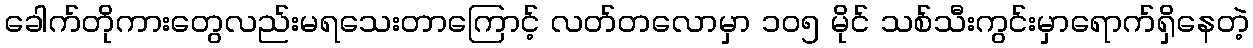
ခေါက်တိုကားတွေလည်းမရသေးတာကြောင့် လတ်တလောမှာ ၁၀၅ မိုင် သစ်သီးကွင်းမှာရောက်ရှိနေတဲ့